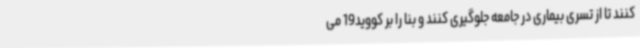
کنند تا از تسری بیماری در جامعه جلوگیری کنند و بنا را بر کووید19 می